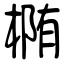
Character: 椭